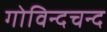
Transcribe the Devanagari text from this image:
गोविन्दचन्द